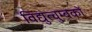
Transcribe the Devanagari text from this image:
विद्युत्चुम्बकों